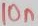
Text: 10n